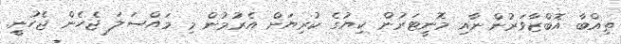
ތިއްބާ އޮބްޒާވަރުންނާއި މޮނީޓަރުން ކިޔުގެ ކުރިޔަށް އެރުމުން މި މައްސަލަ ޖެހެން ޖެހުނީ.